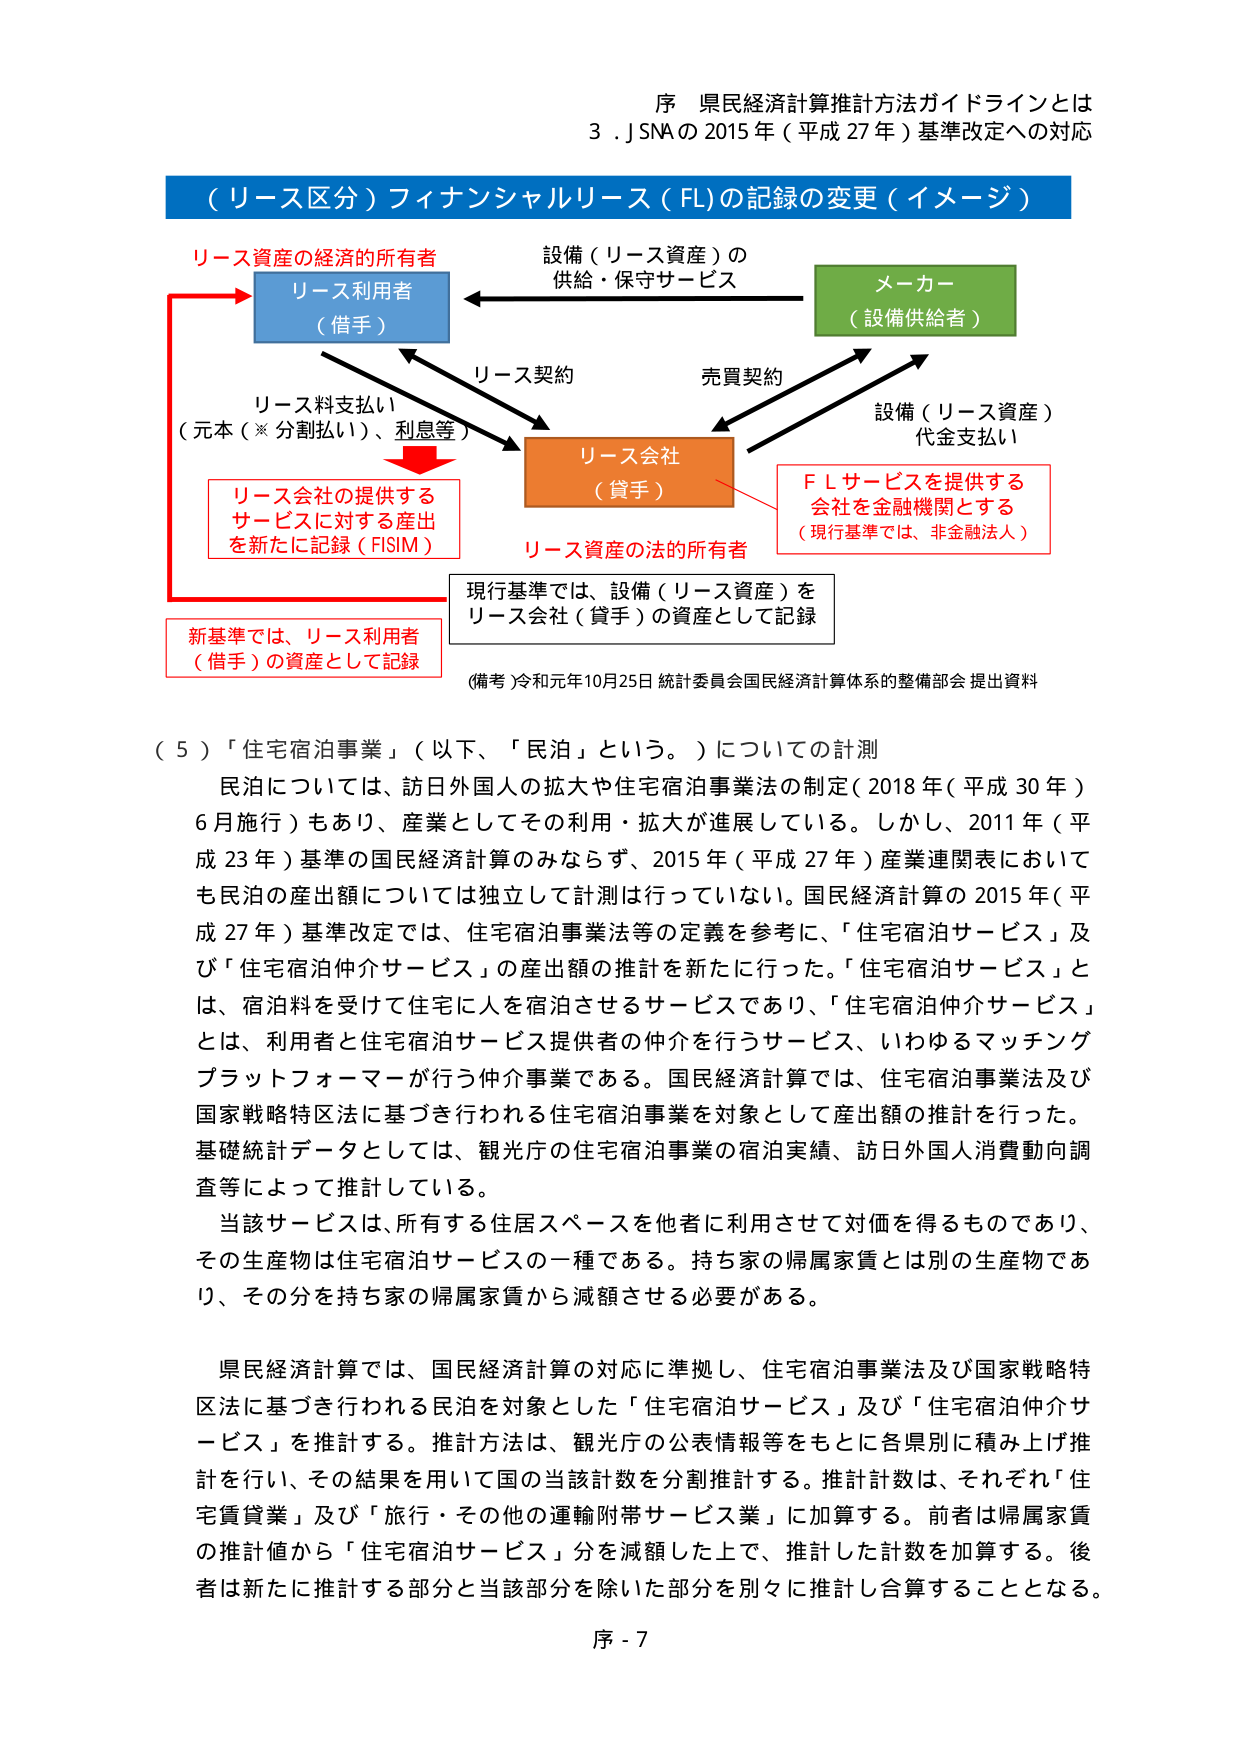
序 県民経済計算推計方法ガイドラインとは
3.J SNAの2015年（平成27年）基準改定への対応

（リース区分）フィナンシャルリース（FL）の記録の変更（イメージ）

リース資産の経済的所有者
リース利用者
（借手）

設備（リース資産）の
供給・保守サービス

メーカー
（設備供給者）

リース契約
売買契約

リース料支払い
（元本（※分割払い）、利息等）

リース会社
（貸手）

設備（リース資産）
代金支払い

リース会社の提供する
サービスに対する産出
を新たに記録（FISIM）

FLサービスを提供する
会社を金融機関とする
（現行基準では、非金融法人）

リース資産の法的所有者

現行基準では、設備（リース資産）を
リース会社（貸手）の資産として記録

新基準では、リース利用者
（借手）の資産として記録

（備考）令和元年10月25日 統計委員会国民経済計算体系の整備部会 提出資料

（５）「住宅宿泊事業」（以下、「民泊」という。）についての計測

民泊については、訪日外国人の拡大や住宅宿泊事業法の制定（2018年（平成30年）6月施行）もあり、産業としてその利用・拡大が進展している。しかし、2011年（平成23年）基準の国民経済計算のみならず、2015年（平成27年）産業連関表においても民泊の産出額については独立して計測は行っていない。国民経済計算の2015年（平成27年）基準改定では、住宅宿泊事業法等の定義を参考に、「住宅宿泊サービス」及び「住宅宿泊仲介サービス」の産出額の推計を新たに行った。「住宅宿泊サービス」とは、宿泊料を受けて住宅に人を宿泊させるサービスであり、「住宅宿泊仲介サービス」とは、利用者と住宅宿泊サービス提供者の仲介を行うサービス、いわゆるマッチングプラットフォーマーが行う仲介事業である。国民経済計算では、住宅宿泊事業法及び国家戦略特区法に基づき行われる住宅宿泊事業を対象として産出額の推計を行った。基礎統計データとしては、観光庁の住宅宿泊事業の宿泊実績、訪日外国人消費動向調査等によって推計している。

当該サービスは、所有する住居スペースを他者に利用させて対価を得るものであり、その生産物は住宅宿泊サービスの一種である。持ち家の帰属家賃とは別の生産物であり、その分を持ち家の帰属家賃から減額させる必要がある。

県民経済計算では、国民経済計算の対応に準拠し、住宅宿泊事業法及び国家戦略特区法に基づき行われる民泊を対象とした「住宅宿泊サービス」及び「住宅宿泊仲介サービス」を推計する。推計方法は、観光庁の公表情報等をもとに各県別に積み上げ推計を行い、その結果を用いて国の当該計数を分割推計する。推計計数は、それぞれ「住宅賃貸業」及び「旅行・その他の運輸附帯サービス業」に加算する。前者は帰属家賃の推計値から「住宅宿泊サービス」分を減額した上で、推計した計数を加算する。後者は新たに推計する部分と当該部分を除いた部分を別々に推計し合算することとなる。

序 - 7